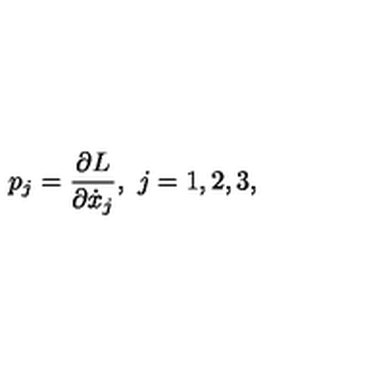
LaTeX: p _ { j } = { \frac { \partial L } { \partial \dot { x } _ { j } } } , \ j = 1 , 2 , 3 ,